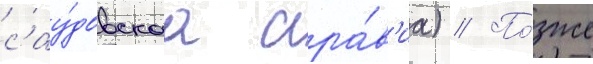
сау́довскаа ара́в'иа) // По́зже